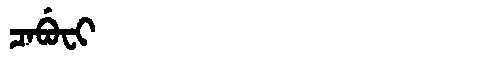
Manchu: ᠴᠠᠪᡠᠸᡳ
Romanization: CABUFI